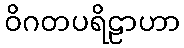
ဝိဂတပရိဠာဟာ